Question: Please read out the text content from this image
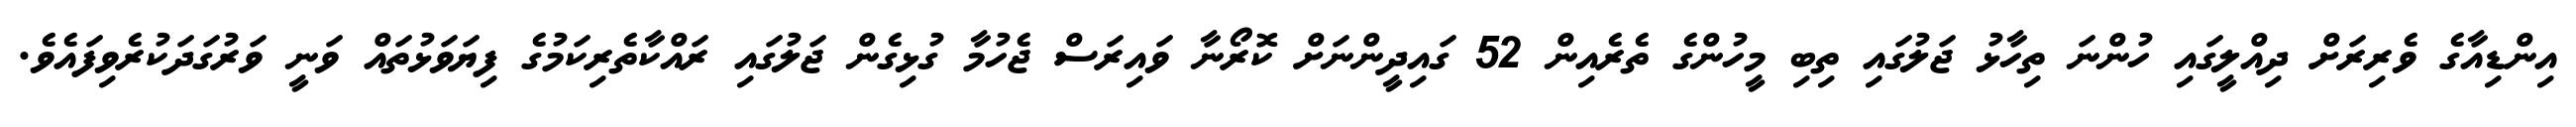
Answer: އިންޑިއާގެ ވެރިރަށް ދިއްލީގައި ހުންނަ ތިހާޅު ޖަލުގައި ތިބި މީހުންގެ ތެރެއިން 52 ގައިދީންނަށް ކޮރޯނާ ވައިރަސް ޖެހުމާ ގުޅިގެން ޖަލުގައި ރައްކާތެރިކަމުގެ ފިޔަވަޅުތައް ވަނީ ވަރުގަދަކުރެވިފައެވެ.